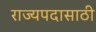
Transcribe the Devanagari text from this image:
राज्यपदासाठी